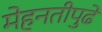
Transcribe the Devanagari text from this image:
मेहनतीपुढे